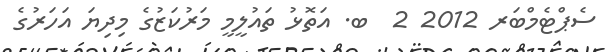
ސެޕްޓެމްބަރ 2012 2  ބ. އަތޮޅު ތައުލީމީ މަރުކަޒުގެ މިދިޔަ އަހަރުގެ